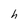
Character: h